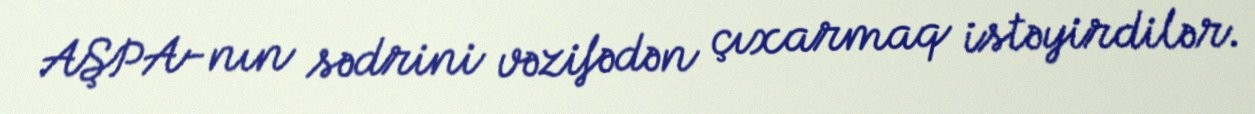
AŞPA-nın sədrini vəzifədən çıxarmaq istəyirdilər.